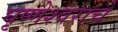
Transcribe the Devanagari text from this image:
घृष्णेश्वराचे